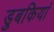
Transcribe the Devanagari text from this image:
डुबकियां